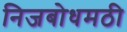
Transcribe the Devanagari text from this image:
निजबोधमठी